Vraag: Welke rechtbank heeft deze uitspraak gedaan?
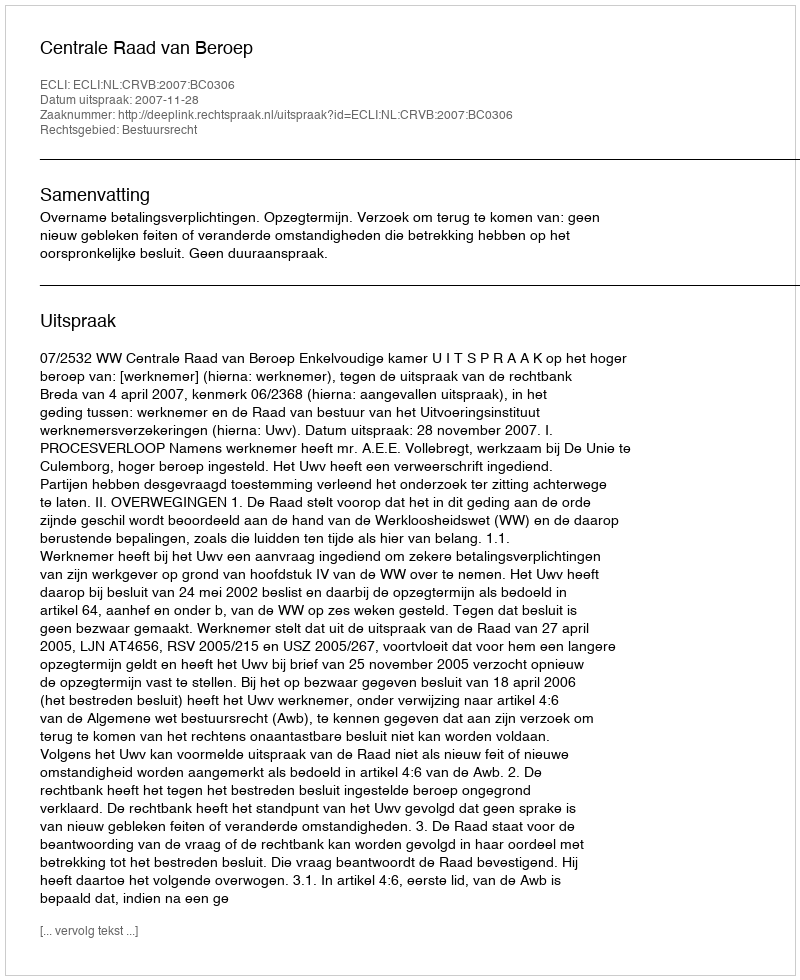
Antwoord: Centrale Raad van Beroep